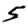
Digit: 5